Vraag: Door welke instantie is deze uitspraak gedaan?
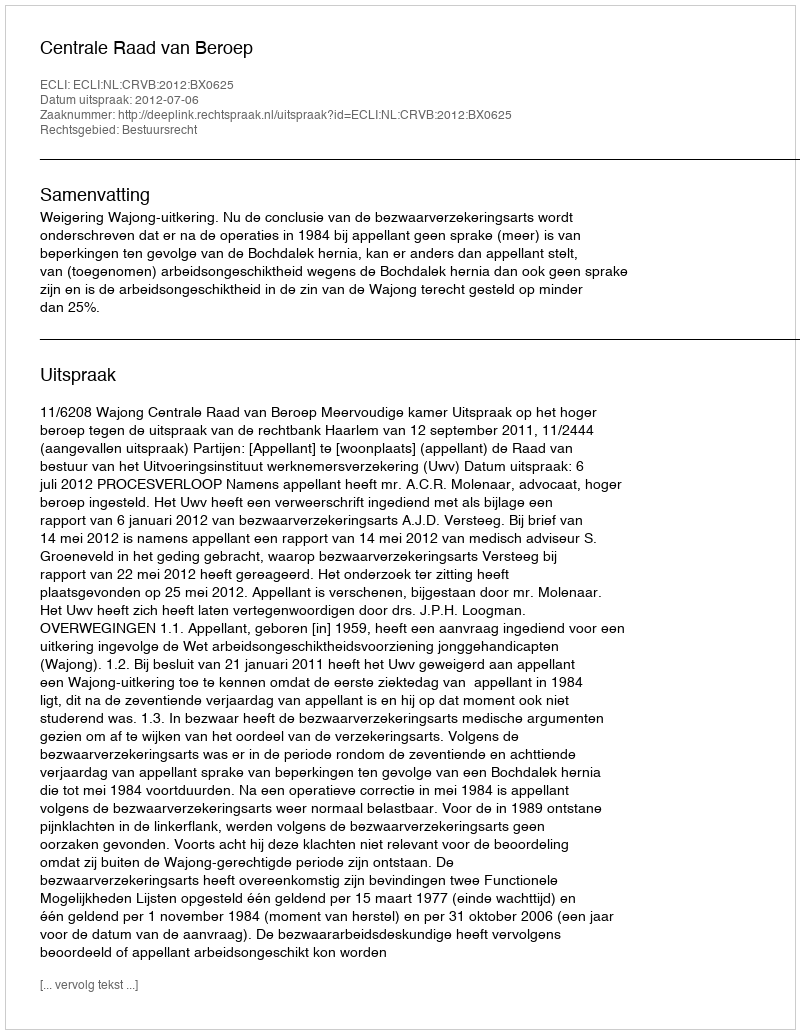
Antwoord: Centrale Raad van Beroep